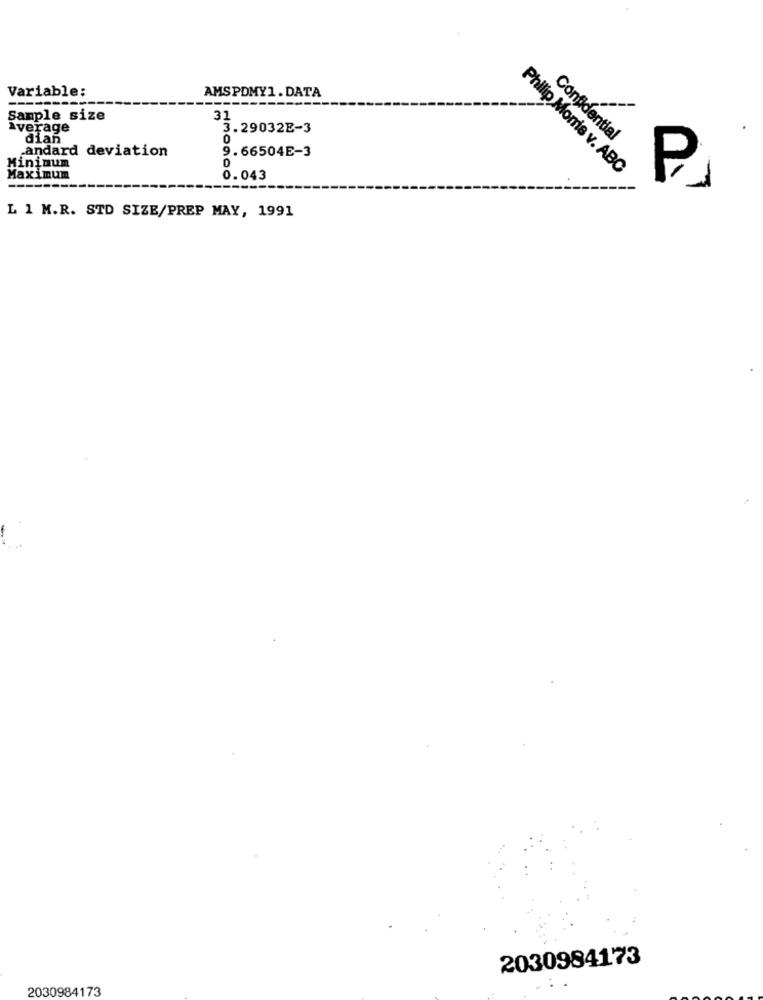
Variable:
AMSPDMY1. DATA
----
Sample size
31
average
3.29032E-3
dian
Confidential
andard deviation
9.66504E-3
Minimum
0
Philip Morris v. ABC
Maximum
8.043
P
L 1 M.R. STD SIZE/PREP MAY, 1991
2030984173
2030984173